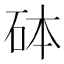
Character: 砵